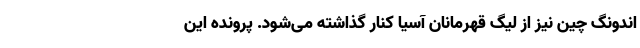
اندونگ چین نیز از لیگ قهرمانان آسیا کنار گذاشته می‌شود. پرونده این